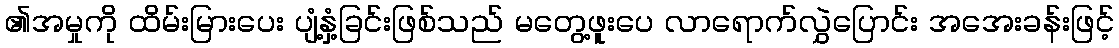
၏အမှုကို ထိမ်းမြားပေး ပျံ့နှံ့ခြင်းဖြစ်သည် မတွေ့ဖူးပေ လာရောက်လွှဲပြောင်း အအေးခန်းဖြင့်